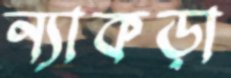
ন্যাকড়া